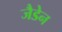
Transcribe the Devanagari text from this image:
जैडेन